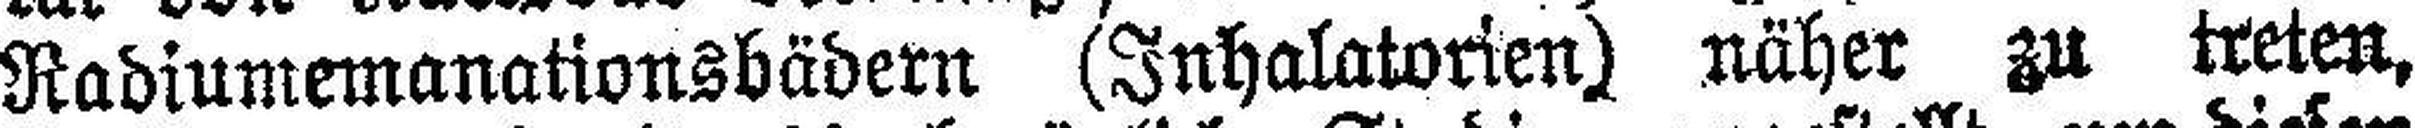
Radiumemanationsbädern (Inhalatorien) näher zu treten,